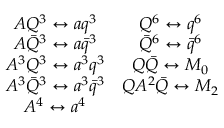
\begin{array} { c c } { { A Q ^ { 3 } \leftrightarrow a q ^ { 3 } } } & { { Q ^ { 6 } \leftrightarrow q ^ { 6 } } } \\ { { A \bar { Q } ^ { 3 } \leftrightarrow a \bar { q } ^ { 3 } } } & { { \bar { Q } ^ { 6 } \leftrightarrow \bar { q } ^ { 6 } } } \\ { { A ^ { 3 } Q ^ { 3 } \leftrightarrow a ^ { 3 } q ^ { 3 } } } & { { Q \bar { Q } \leftrightarrow M _ { 0 } } } \\ { { A ^ { 3 } \bar { Q } ^ { 3 } \leftrightarrow a ^ { 3 } \bar { q } ^ { 3 } } } & { { Q A ^ { 2 } \bar { Q } \leftrightarrow M _ { 2 } } } \\ { { A ^ { 4 } \leftrightarrow a ^ { 4 } } } & { { } } \end{array}